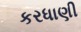
કરધાણી